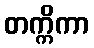
တက္ကိကာ